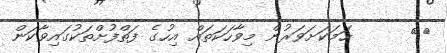
١٨      ހަމަކަށަވަރުން މިވާހަކަތައް އިހުގެ ފަތްފުށްތަކުގައިވާކަން